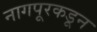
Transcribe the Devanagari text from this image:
नागपूरकडून